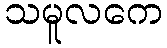
သမူလကေ